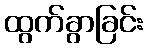
ထွက်ခွာခြင်း